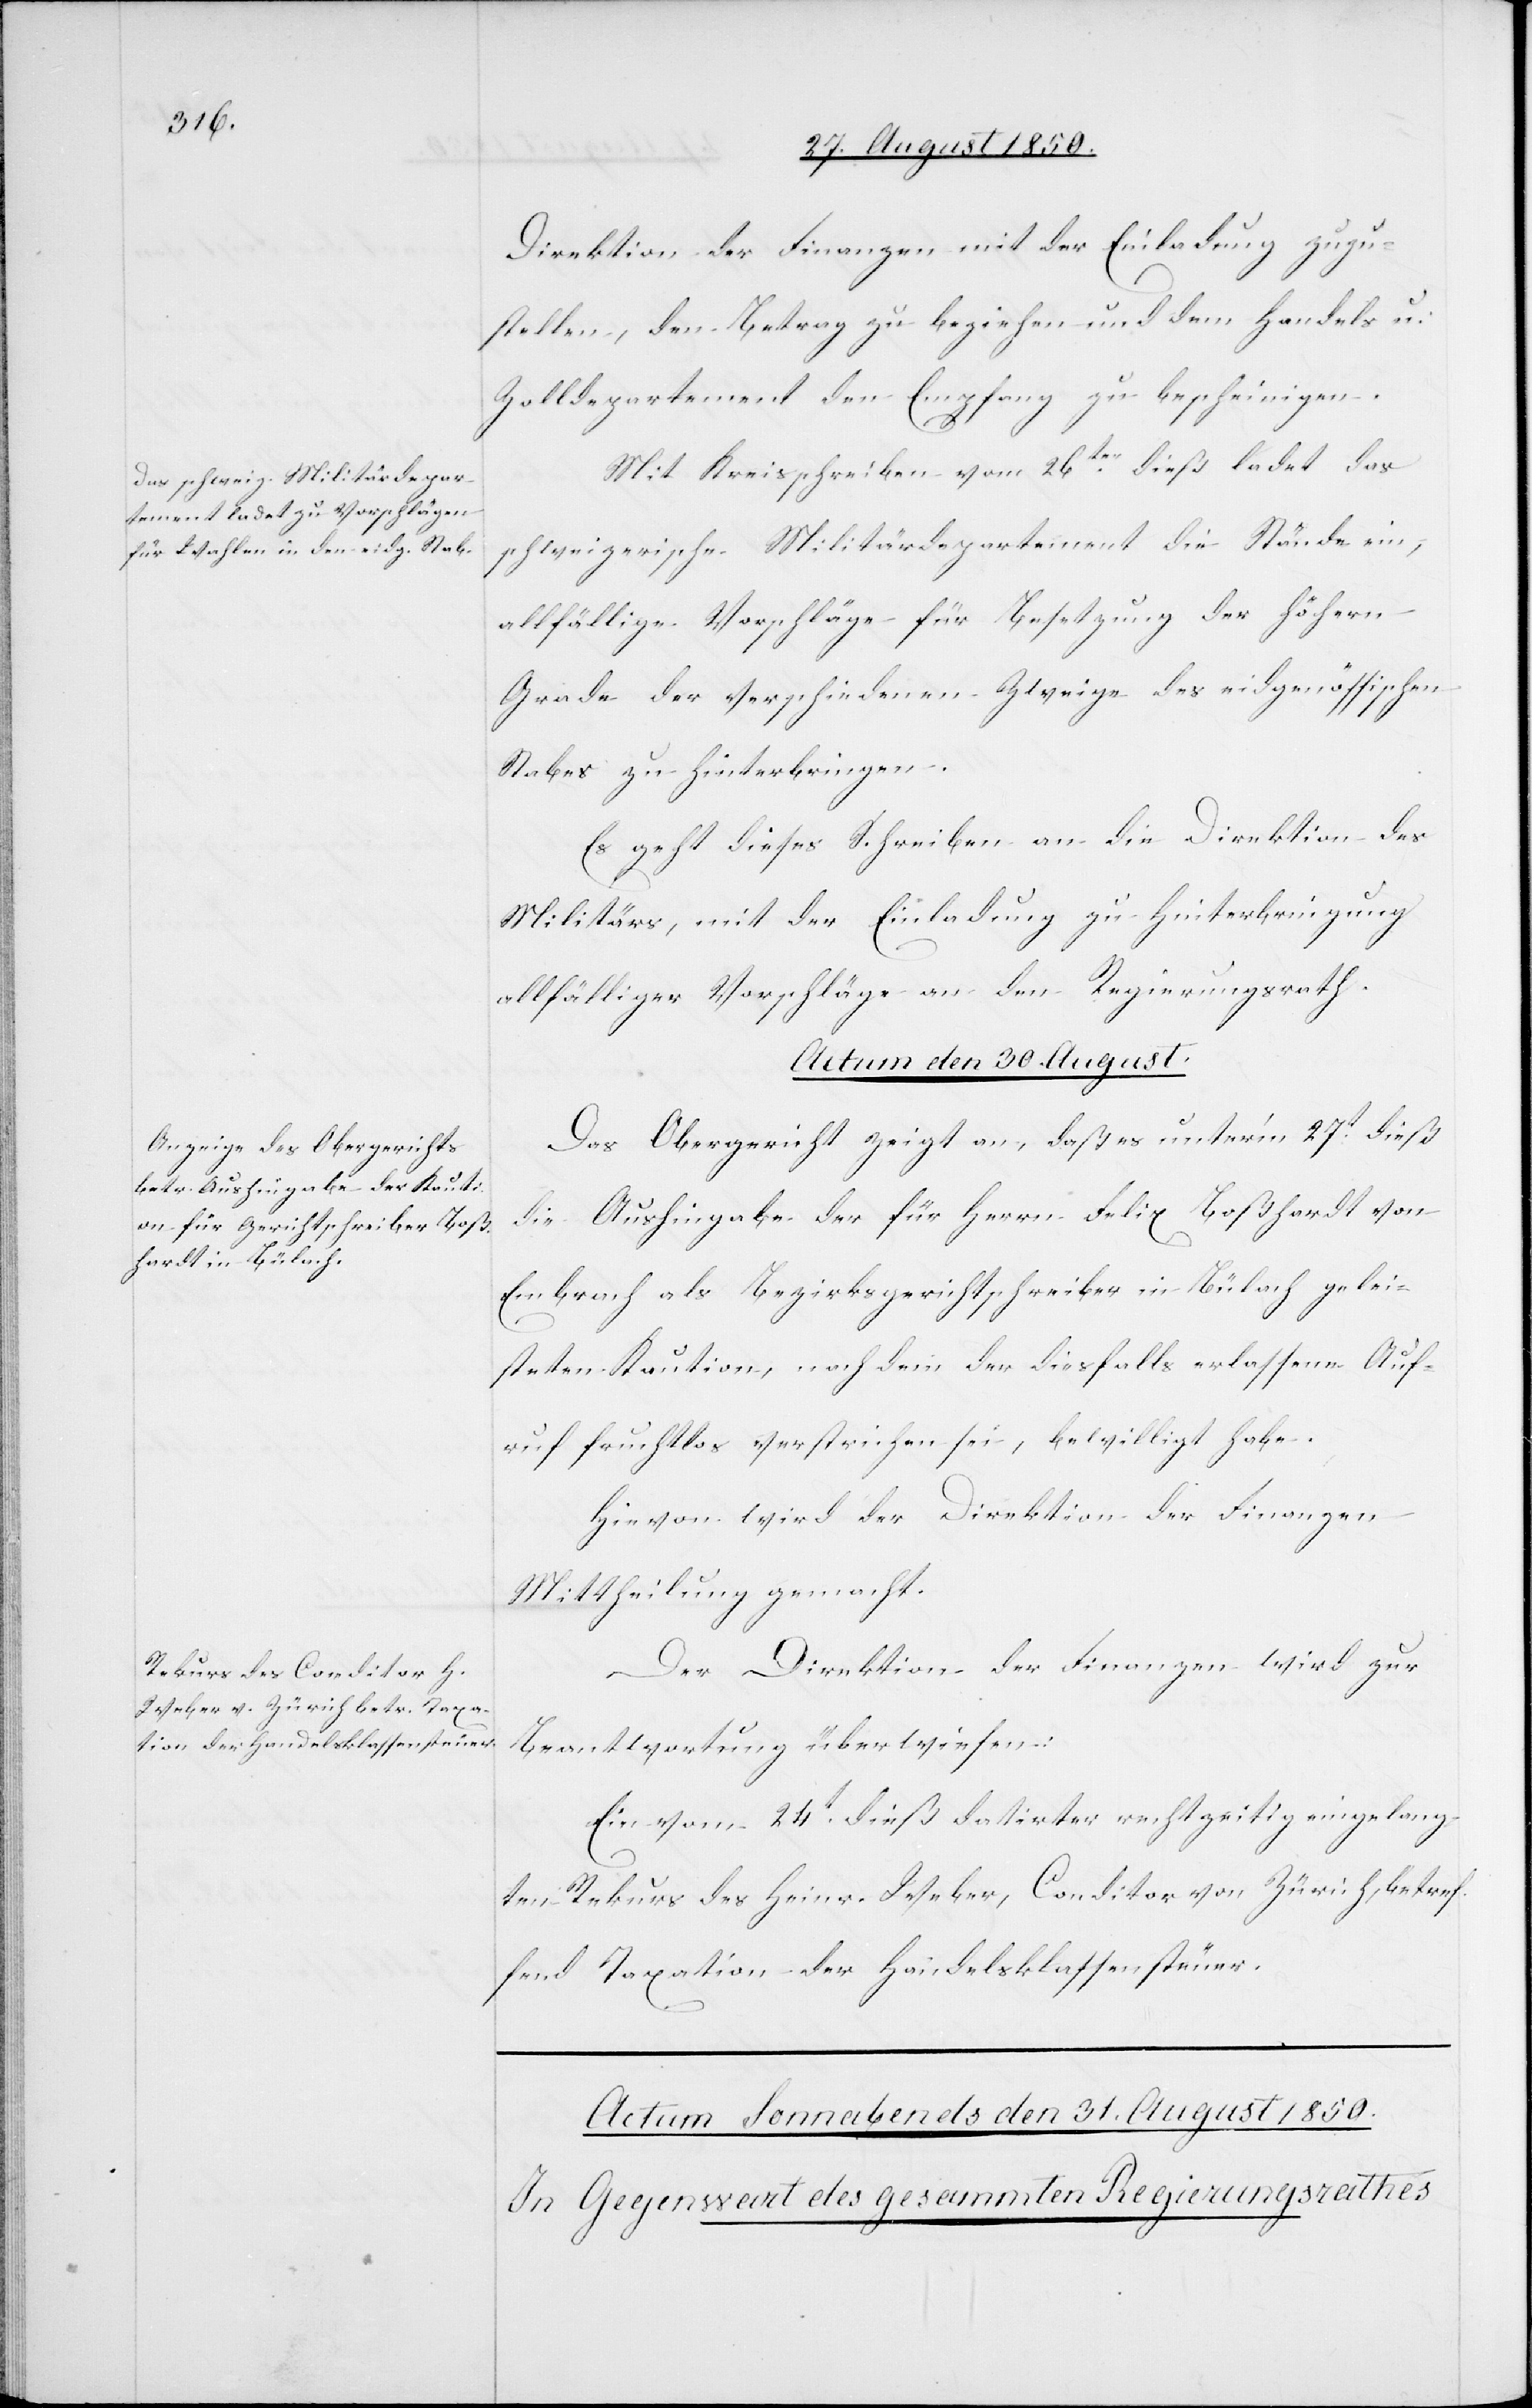
Direktion der Finanzen mit der Einladung zuzu¬
stellen, den Betrag zu beziehen und dem Handels[-]
Zolldepartement den Empfang zu bescheinigen.
Mit Kreisschreiben vom 26ten dieß ladet das
schweizerische Militärdepartement die Stände ein,
allfällige Vorschläge für Besetzung der höhern
Grade der verschiedenen Zweige des eidgenössischen
Stabes zu hinterbringen.
Es geht dieses Schreiben an die Direktion des
Militärs, mit der Einladung zu Hinterbringung
allfälliger Vorschläge an den Regierungsrath.
Actum den 30. August.]
Das Obergericht zeigt an, daß es unter’m 27t dieß
die Aushingabe der für Herrn Felix Boßhardt von
Embrach als Bezirksgerichtschreiber in Bülach gelei¬
steten Kaution, nachdem der diesfalls erlassene Auf¬
ruf fruchtlos verstrichen sei, bewilligt habe.
Hievon wird der Direktion der Finanzen
Mittheilung gemacht.
Der Direktion der Finanzen wird zur
Beantwortung überwiesen:
Ein vom 24t dieß datirter rechtzeitig eingelangten
Rekurs des Heinr. Weber, Conditor von Zürich, betref¬
fend Taxation der Handelsklassensteuer.